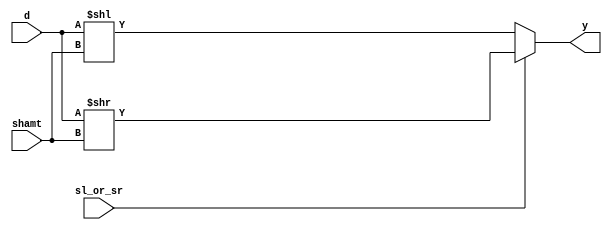
`timescale 1ns / 1ps
//////////////////////////////////////////////////////////////////////////////////
// Company: 
// Engineer: 
// 
// Design Name: 
// Module Name: shifter
// Project Name: 
// Target Devices: 
// Tool Versions: 
// Description: 
// 
// Dependencies: 
// 
// Revision:
// Revision 0.01 - File Created
// Additional Comments:
// 
//////////////////////////////////////////////////////////////////////////////////


module shifter # (parameter WIDTH = 32) (
        input   wire [4:0]       shamt,
        input   wire             sl_or_sr,
        input   wire [WIDTH-1:0] d,
        output  reg  [WIDTH-1:0] y
    );
    
    always @ (shamt, sl_or_sr, d) begin
        if  (sl_or_sr)  y = d >> shamt;
        else            y = d << shamt;
    end

endmodule